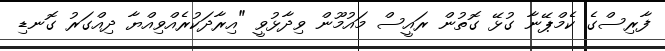
ފާރިސްގެ ކެމްޕޭނާ ގުޅޭ ގޮތުން ރައީސް މައުމޫން ވިދާޅުވީ "އިރާދަކުރެއްވިއްޔާ ދިއްގަރު ގޮނޑި